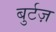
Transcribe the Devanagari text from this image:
बुर्टज़